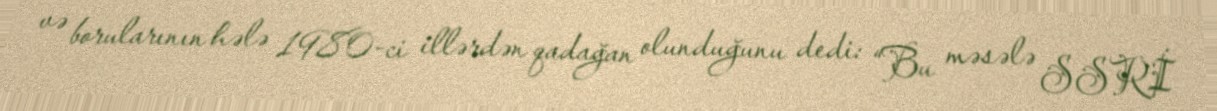
və borularının hələ 1980-ci illərdən qadağan olunduğunu dedi: “Bu məsələ SSRİ